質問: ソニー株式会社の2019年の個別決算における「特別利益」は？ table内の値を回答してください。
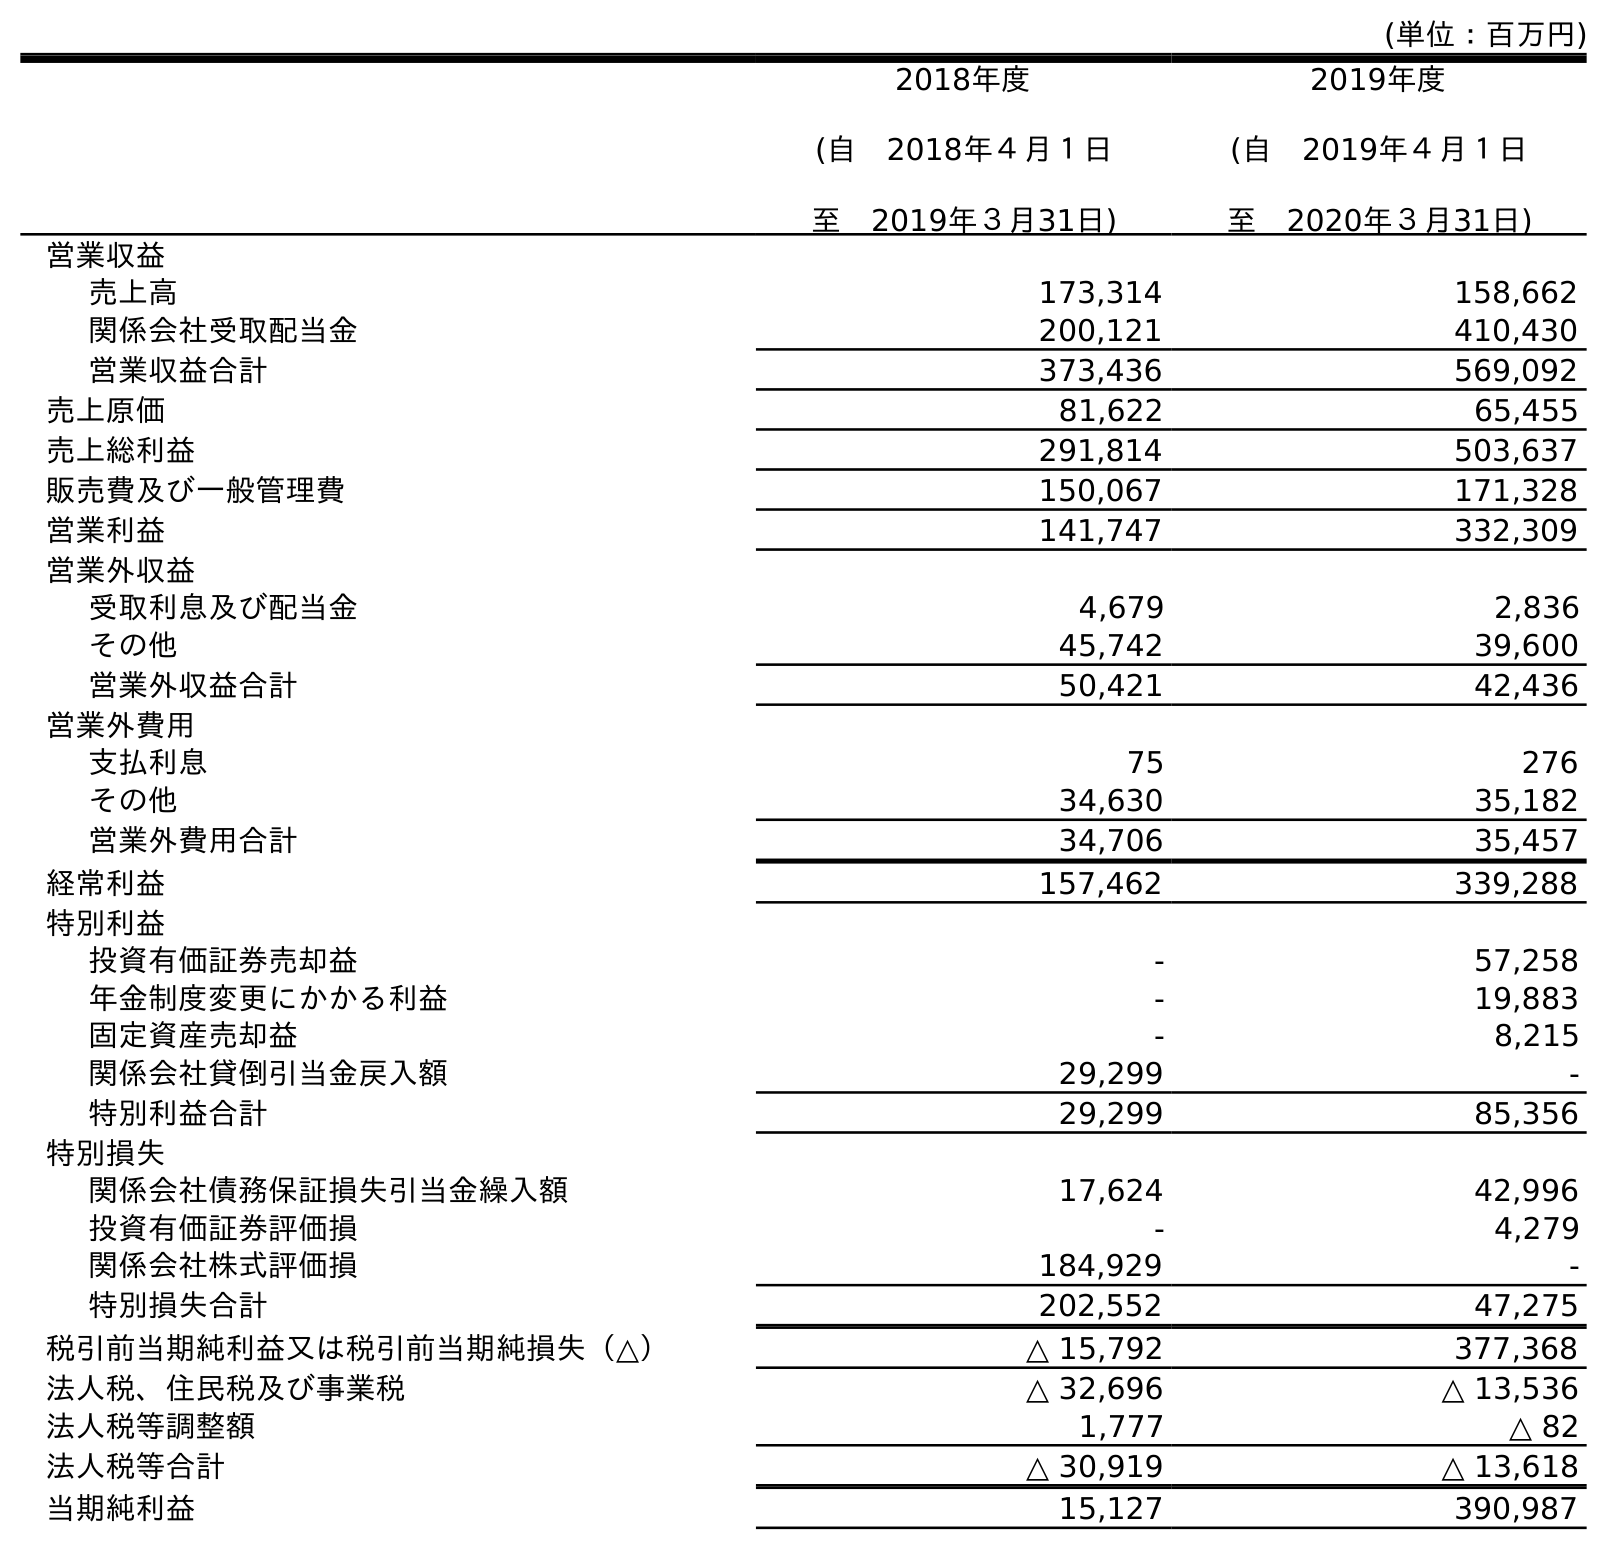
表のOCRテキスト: (単位：百万円) 2018年度 (自 2018年４月１日 至 2019年３月31日) 2019年度 (自 2019年４月１日 至 2020年３月31日) 営業収益 売上高 173,314 158,662 関係会社受取配当金 200,121 410,430 営業収益合計 373,436 569,092 売上原価 81,622 65,455 売上総利益 291,814 503,637 販売費及び一般管理費 150,067 171,328 営業利益 141,747 332,309 営業外収益 受取利息及び配当金 4,679 2,836 その他 45,742 39,600 営業外収益合計 50,421 42,436 営業外費用 支払利息 75 276 その他 34,630 35,182 営業外費用合計 34,706 35,457 経常利益 157,462 339,288 特別利益 投資有価証券売却益 - 57,258 年金制度変更にかかる利益 - 19,883 固定資産売却益 - 8,215 関係会社貸倒引当金戻入額 29,299 - 特別利益合計 29,299 85,356 特別損失 関係会社債務保証損失引当金繰入額 17,624 42,996 投資有価証券評価損 - 4,279 関係会社株式評価損 184,929 - 特別損失合計 202,552 47,275 税引前当期純利益又は税引前当期純損失（△） △ 15,792 377,368 法人税、住民税及び事業税 △ 32,696 △ 13,536 法人税等調整額 1,777 △ 82 法人税等合計 △ 30,919 △ 13,618 当期純利益 15,127 390,987
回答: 29,299